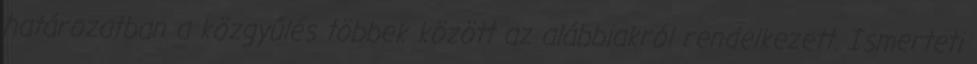
határozatban a közgyűlés többek között az alábbiakról rendelkezett. Ismerteti